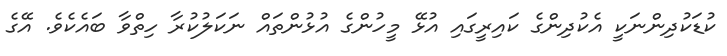
ކުޑަކުދިންނަކީ އެކުދިންގެ ކައިރީގައި އުޅޭ މީހުންގެ އުޅުންތައް ނަކަލުކުރާ ހިތްވާ ބައެކެވެ. އޭގެ